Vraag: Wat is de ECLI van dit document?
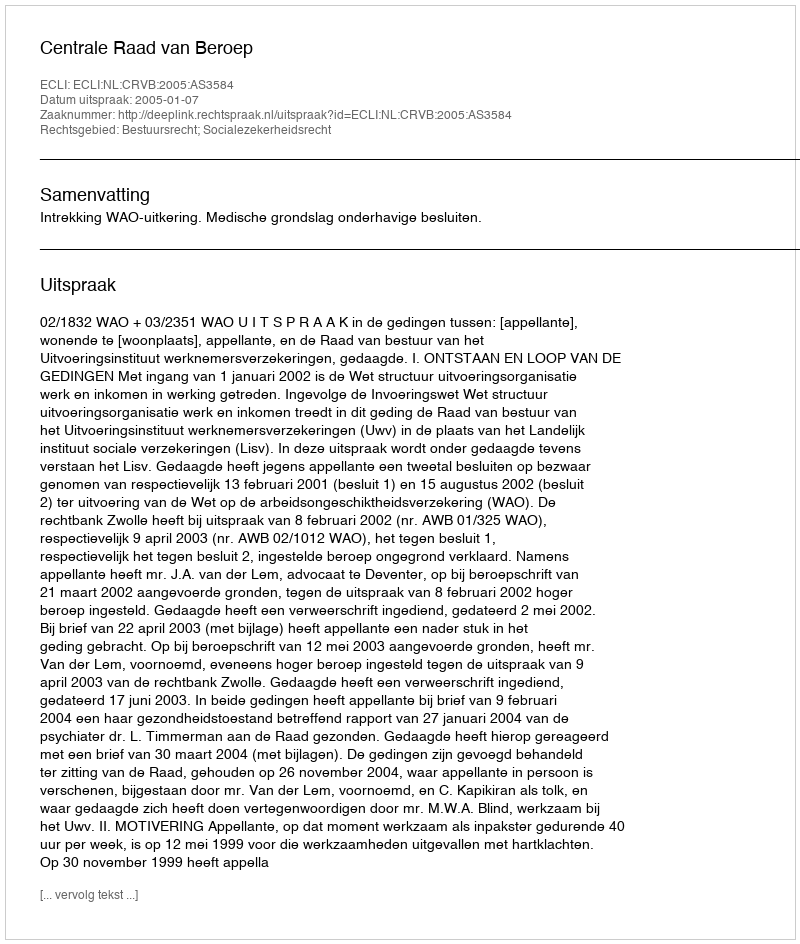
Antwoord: ECLI:NL:CRVB:2005:AS3584